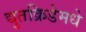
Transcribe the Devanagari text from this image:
द्युतक्रिडेमधे